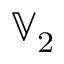
\mathbb { V } _ { 2 }